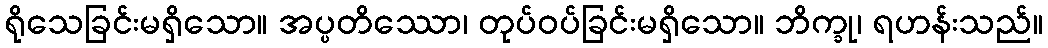
ရိုသေခြင်းမရှိသော။ အပ္ပတိဿော၊ တုပ်ဝပ်ခြင်းမရှိသော။ ဘိက္ခု၊ ရဟန်းသည်။